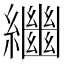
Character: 𦇡